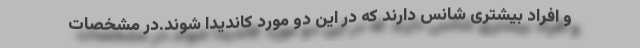
و افراد بیشتری شانس دارند که در این دو مورد کاندیدا شوند.در مشخصات